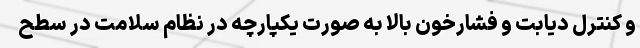
و کنترل دیابت و فشارخون بالا به صورت یکپارچه در نظام سلامت در سطح